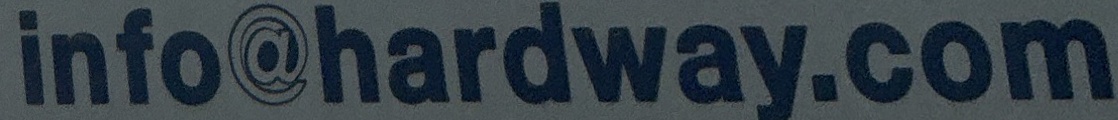
info@hardway.com